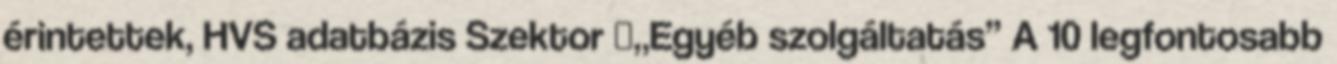
érintettek, HVS adatbázis Szektor ▪„Egyéb szolgáltatás” A 10 legfontosabb